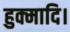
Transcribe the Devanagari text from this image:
हुक्मादि।